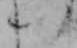
い